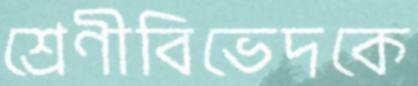
শ্রেণীবিভেদকে